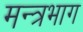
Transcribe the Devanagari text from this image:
मन्त्रभाग